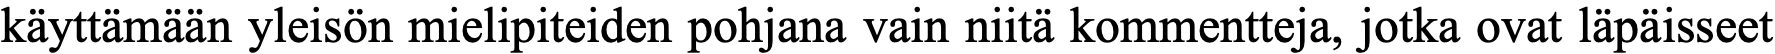
käyttämään yleisön mielipiteiden pohjana vain niitä kommentteja, jotka ovat läpäisseet